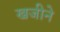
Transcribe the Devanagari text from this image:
खजीने